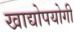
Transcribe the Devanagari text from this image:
खाद्योपयोगी